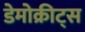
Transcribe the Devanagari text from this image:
डेमोक्रीट्स